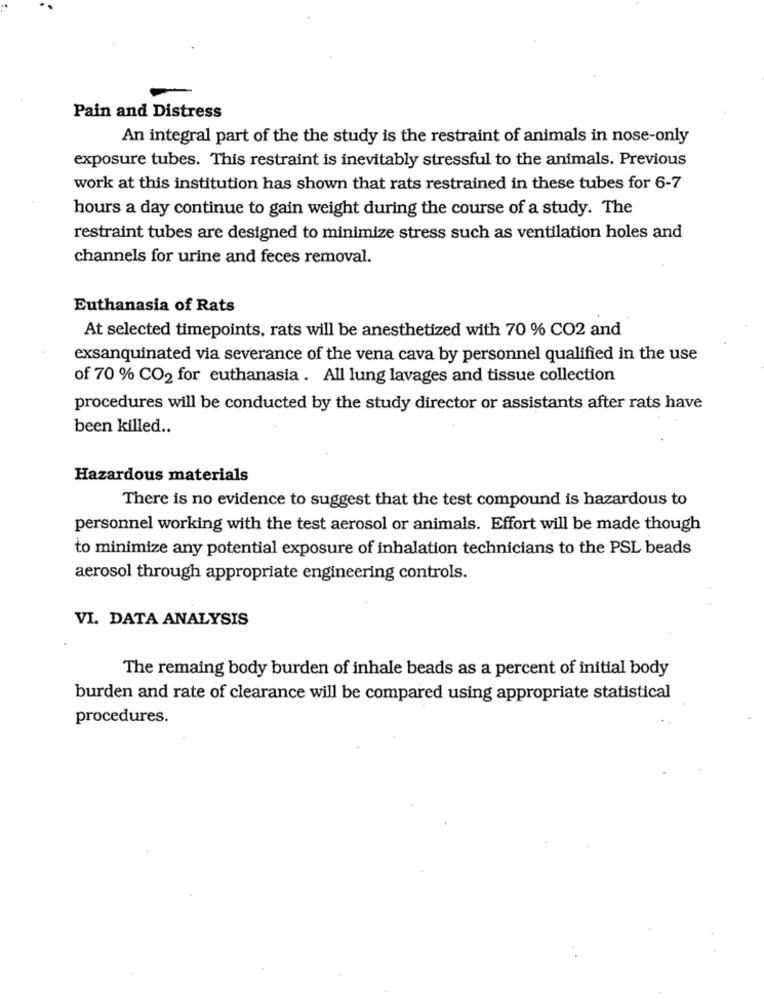
Pain and Distress
An integral part of the the study is the restraint of animals in nose-only
exposure tubes. This restraint is inevitably stressful to the animals. Previous
work at this institution has shown that rats restrained in these tubes for 6-7
hours a day continue to gain weight during the course of a study. The
restraint tubes are designed to minimize stress such as ventilation holes and
channels for urine and feces removal.
Euthanasia of Rats
At selected timepoints, rats will be anesthetized with 70 % CO2 and
exsanquinated via severance of the vena cava by personnel qualified in the use
of 70 % CO2 for euthanasia . All lung lavages and tissue collection
procedures will be conducted by the study director or assistants after rats have
been killed ..
Hazardous materials
There is no evidence to suggest that the test compound is hazardous to
personnel working with the test aerosol or animals. Effort will be made though
to minimize any potential exposure of inhalation technicians to the PSL beads
aerosol through appropriate engineering controls.
VI. DATA ANALYSIS
The remaing body burden of inhale beads as a percent of initial body
burden and rate of clearance will be compared using appropriate statistical
procedures.